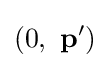
\left(0,\ \mathbf {p} '\right)